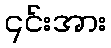
၎င်းအား